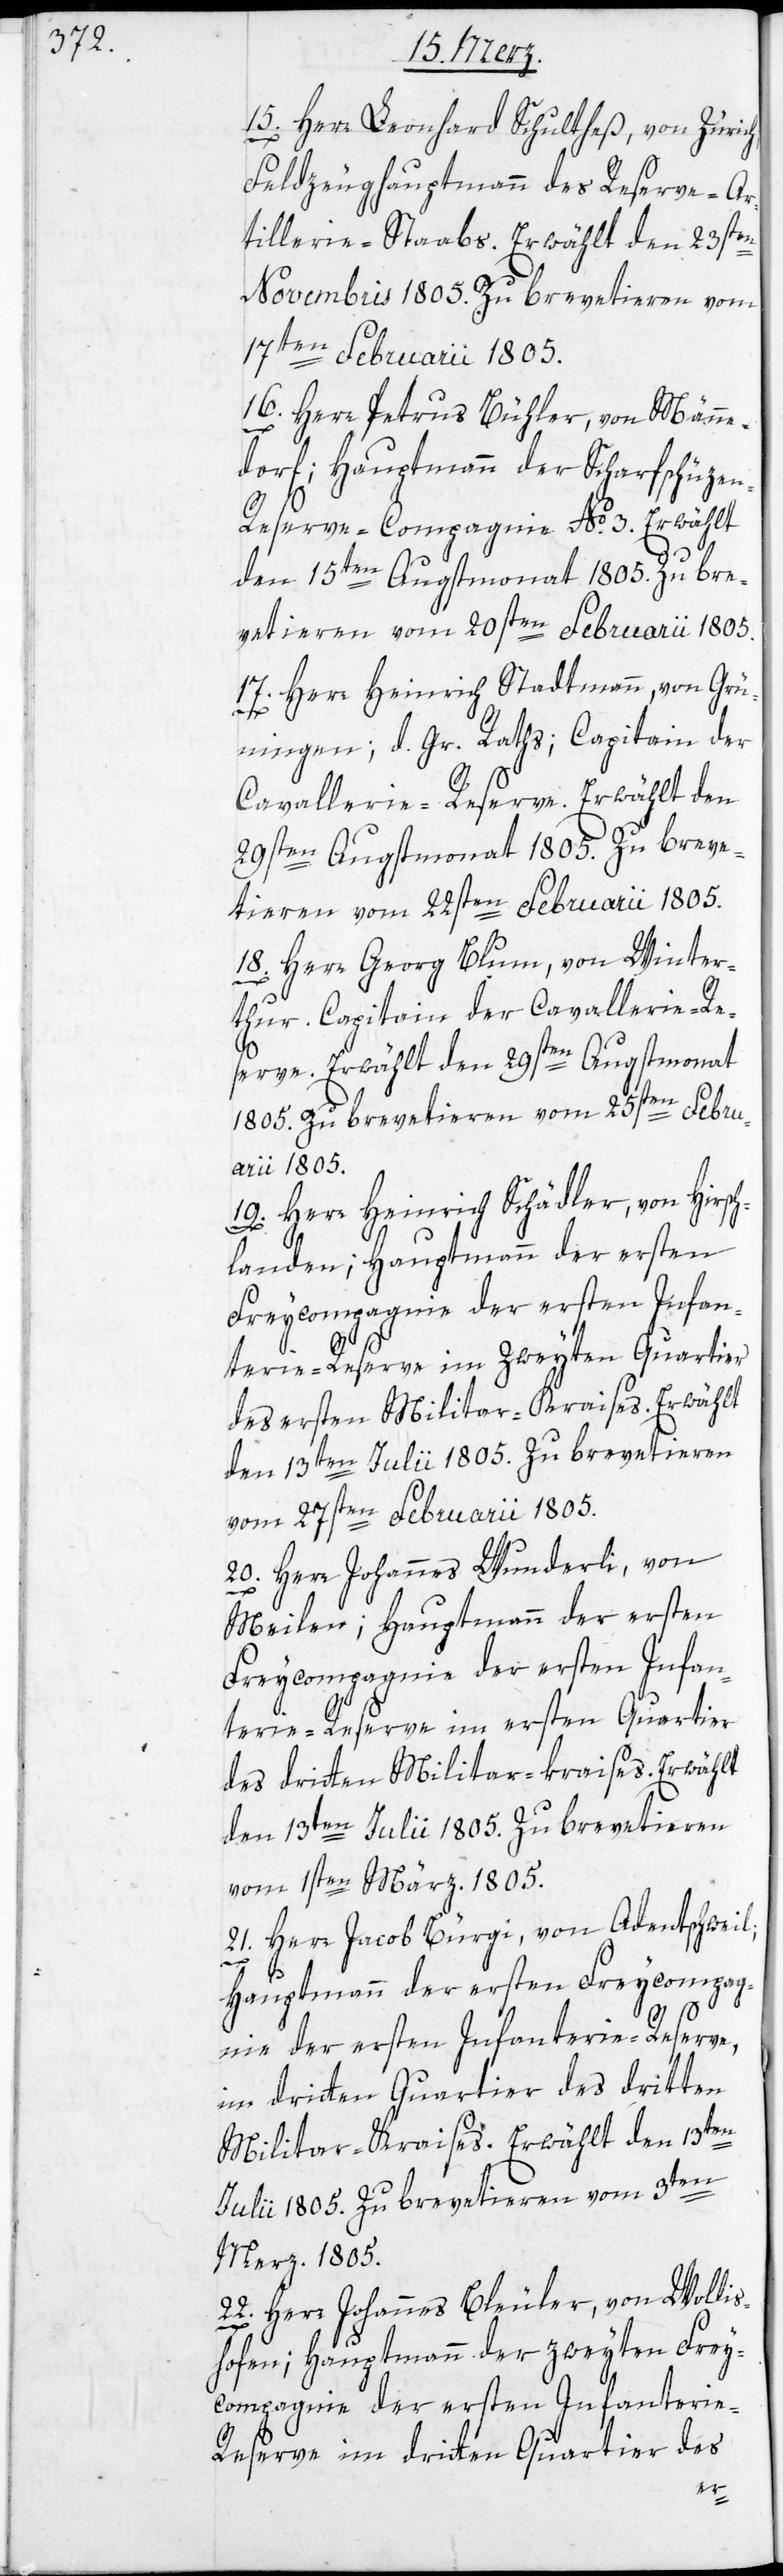
15. Herr Leonhard Schultheß, von Zürich;
Feldzeughauptmann des Reserve-Ar¬
tillerie-Staabs. Erwählt den 23sten
Novembris 1805. Zu brevetieren vom
17ten Februarii 1805.
16. Herr Petrus Bühler, von Männe¬
dorf; Hauptmann der Scharfschüzen-R¬
eserve-Compagnie No. 3. Erwählt
den 15ten Augstmonat 1805. Zu bre¬
vetieren vom 20sten Februarii 1805.
17. Herr Heinrich Stadtmann, von Grü¬
ningen, d. Gr. R.; Capitain der
Cavallerie-Reserve. Erwählt den
29sten Augstmonat 1805. Zu breve¬
tieren vom 22sten Februarii 1805.
18. Herr Georg Blum, von Winter¬
thur. Capitain der Cavallerie-Re¬
serve. Erwählt den 29sten Augstmonat
1805. Zu brevetieren vom 25sten Febru¬
arii 1805.
19. Herr Heinrich Schädler, von Hirsch¬
landen; Hauptmann der 1sten
terie-Reserve im zweyten Quartier
des ersten Militar-Kraises. Erwählt
den 13ten Julii 1805. Zu brevetieren
Februarii 1805.
vom 27s¬
20. Herr Johannes Wunderli, von
Meilen; Hauptmann der ersten
Freycompagnie der ersten Infan¬
terie-Reserve im ersten Quartier
des dritten Militar-kraises. Erwählt
den 13ten Julii 1805. Zu brevetieren
vom 1sten März 1805.
21. Herr Jacob Bürgi, von Adentschweil;
Hauptmann der ersten Freycompag¬
nie der ersten Infanterie-Reserve,
im dritten Quartier des dritten
Militar-Kraises. Erwählt den 13ten
Julii 1805. Zu brevetieren vom 3ten
Merz 1805.
22. Herr Johannes Bleuler, von Wollis¬
hofen; Hauptmann der zweyten Frey¬
compagnie der ersten Infanterie-R¬
eserve im dritten Quartier des
ten